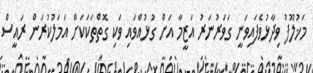
މަޚުލޫފު ވިދާޅުވެފައިވަނީ ގަވަރުނަރު އަޒީމާ އަށް ގުޅުއްވައި ވަކި ގޮތްތަކަކަށް އަމަލުކުރަން ރައީސް